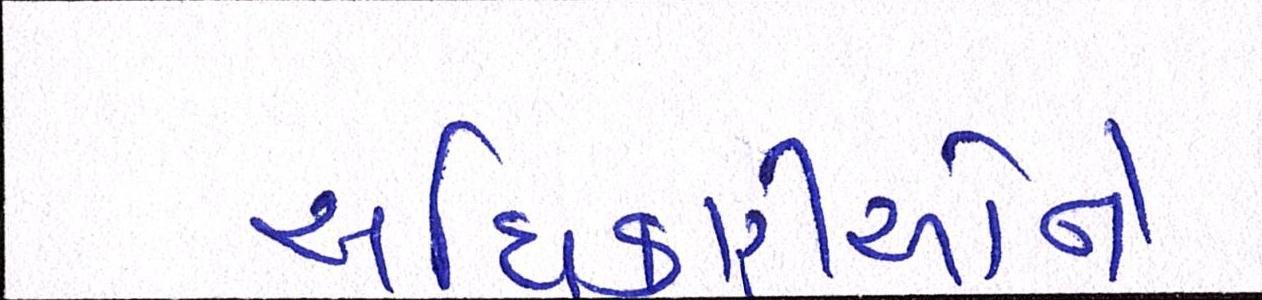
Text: અધિકારીઓને